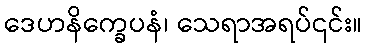
ဒေဟနိက္ခေပနံ၊ သေရာအရပ်၎င်း။